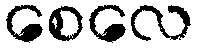
စေလေ